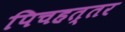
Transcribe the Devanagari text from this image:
पिचहत्तर